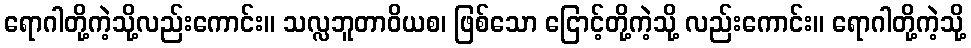
ရောဂါတို့ကဲ့သို့လည်းကောင်း။ သလ္လဘူတာဝိယစ၊ ဖြစ်သော ငြောင့်တို့ကဲ့သို့ လည်းကောင်း။ ရောဂါတို့ကဲ့သို့